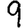
Digit: 9